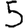
Digit: 5